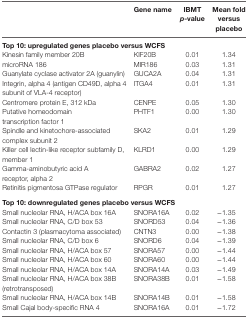
<table><thead><tr><td></td><td><b>Gene name</b></td><td><b>IBMT <i>p</i>-value</b></td><td><b>Mean fold versus placebo</b></td></tr></thead><tbody><tr><td colspan="4"><b>Top 10: upregulated genes placebo versus WCFS</b></td></tr><tr><td>Kinesin family member 20B</td><td>KIF20B</td><td>0.01</td><td>1.34</td></tr><tr><td>microRNA 186</td><td>MIR186</td><td>0.03</td><td>1.31</td></tr><tr><td>Guanylate cyclase activator 2A (guanylin)</td><td>GUCA2A</td><td>0.04</td><td>1.31</td></tr><tr><td>Integrin, alpha 4 (antigen CD49D, alpha 4 subunit of VLA-4 receptor)</td><td>ITGA4</td><td>0.01</td><td>1.31</td></tr><tr><td>Centromere protein E, 312 kDa</td><td>CENPE</td><td>0.05</td><td>1.30</td></tr><tr><td>Putative homeodomain transcription factor 1</td><td>PHTF1</td><td>0.00</td><td>1.30</td></tr><tr><td>Spindle and kinetochore-associated complex subunit 2</td><td>SKA2</td><td>0.01</td><td>1.29</td></tr><tr><td>Killer cell lectin-like receptor subfamily D, member 1</td><td>KLRD1</td><td>0.00</td><td>1.29</td></tr><tr><td>Gamma-aminobutyric acid A receptor, alpha 2</td><td>GABRA2</td><td>0.02</td><td>1.27</td></tr><tr><td>Retinitis pigmentosa GTPase regulator</td><td>RPGR</td><td>0.01</td><td>1.27</td></tr><tr><td colspan="4"><b>Top 10: downregulated genes placebo versus WCFS</b></td></tr><tr><td>Small nucleolar RNA, H/ACA box 16A</td><td>SNORA16A</td><td>0.02</td><td>−1.35</td></tr><tr><td>Small nucleolar RNA, C/D box 53</td><td>SNORD53</td><td>0.04</td><td>−1.36</td></tr><tr><td>Contactin 3 (plasmacytoma associated)</td><td>CNTN3</td><td>0.00</td><td>−1.38</td></tr><tr><td>Small nucleolar RNA, C/D box 6</td><td>SNORD6</td><td>0.04</td><td>−1.39</td></tr><tr><td>Small nucleolar RNA, H/ACA box 57</td><td>SNORA57</td><td>0.00</td><td>−1.44</td></tr><tr><td>Small nucleolar RNA, H/ACA box 60</td><td>SNORA60</td><td>0.00</td><td>−1.44</td></tr><tr><td>Small nucleolar RNA, H/ACA box 14A</td><td>SNORA14A</td><td>0.03</td><td>−1.49</td></tr><tr><td>Small nucleolar RNA, H/ACA box 38B (retrotransposed)</td><td>SNORA38B</td><td>0.01</td><td>−1.58</td></tr><tr><td>Small nucleolar RNA, H/ACA box 14B</td><td>SNORA14B</td><td>0.01</td><td>−1.58</td></tr><tr><td>Small Cajal body-specific RNA 4</td><td>SNORA16A</td><td>0.01</td><td>−1.72</td></tr></tbody></table>